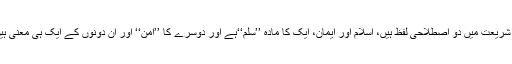
’’ شریعت میں دو اصطلاحی لفظ ہیں، اسلام اور ایمان، ایک کا مادہ ’’سِلْمٌ‘‘ہے اور دوسرے کا ’’امْنٌ‘‘ اور ان دونوں کے ایک ہی معنی ہیں۔